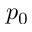
p _ { 0 }